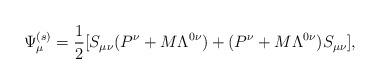
LaTeX: \begin{align*}\Psi_\mu^{(s)} = {1\over2}[S_{\mu\nu}(P^\nu + M\Lambda^{0\nu}) +(P^\nu +M\Lambda^{0\nu})S_{\mu\nu}],\end{align*}